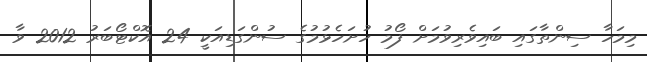
މިމަހާ ސިންތާގައި ބައިވެރިވުމަށް ފޯމު ހުށަހެޅުމުގެ ސުންގަޑިއަކީ 24 އޮކްޓޯބަރު 2012 ވާ